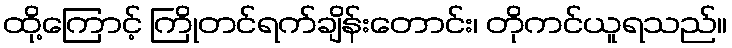
ထို့ကြောင့် ကြိုတင်ရက်ချိန်းတောင်း၊ တိုကင်ယူရသည်။